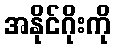
အနိုင်ဂိုးကို